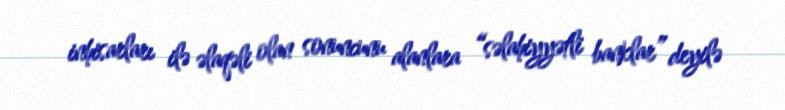
inhisarları ilə əlaqəli olan sonuncunu alanlara “səlahiyyətli banklar” deyilə